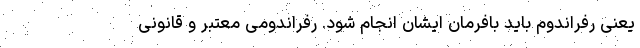
یعنی رفراندوم باید بافرمان ایشان انجام شود. رفراندومی معتبر و قانونی